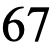
67